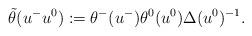
LaTeX: \begin{align*} \Tilde{\theta}(u^- u^0) := \theta^-(u^-) \theta^0 (u^0) \Delta(u^0)^{-1}.\end{align*}